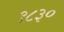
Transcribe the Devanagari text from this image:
९८३०